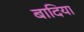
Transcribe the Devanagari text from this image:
बादिया